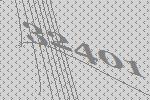
32401